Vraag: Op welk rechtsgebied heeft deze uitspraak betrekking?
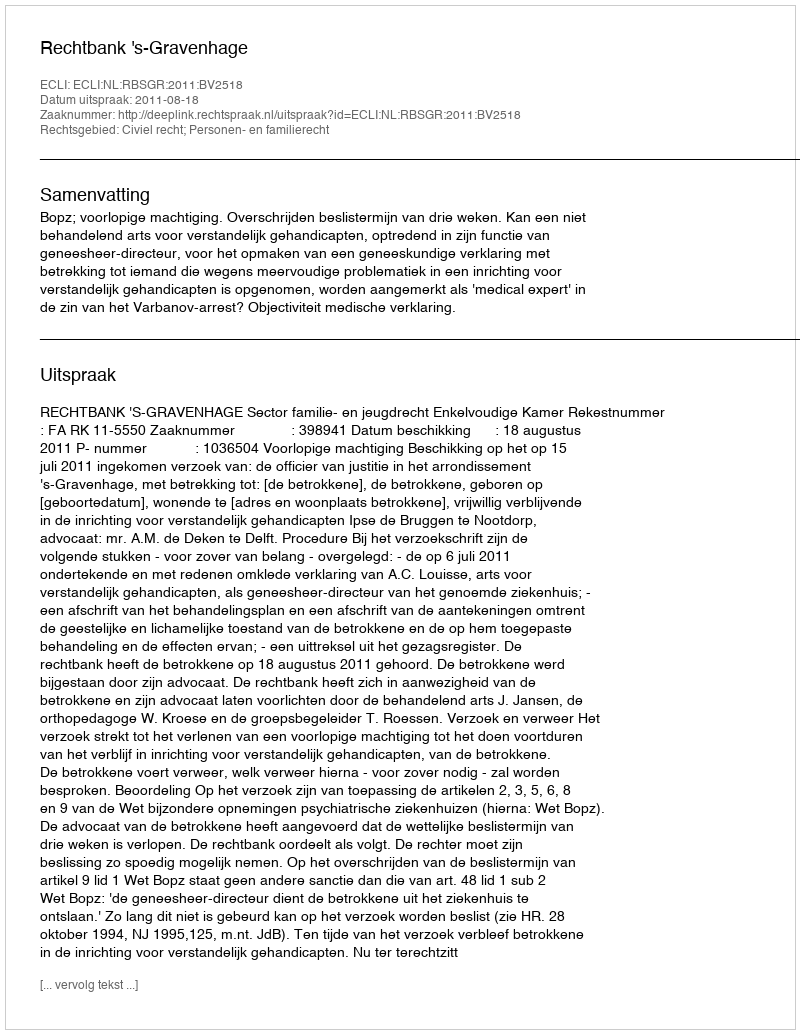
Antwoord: Civiel recht; Personen- en familierecht